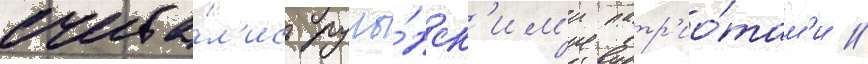
счита́л'ись румы́нск'им'и патр'ио́там'и /